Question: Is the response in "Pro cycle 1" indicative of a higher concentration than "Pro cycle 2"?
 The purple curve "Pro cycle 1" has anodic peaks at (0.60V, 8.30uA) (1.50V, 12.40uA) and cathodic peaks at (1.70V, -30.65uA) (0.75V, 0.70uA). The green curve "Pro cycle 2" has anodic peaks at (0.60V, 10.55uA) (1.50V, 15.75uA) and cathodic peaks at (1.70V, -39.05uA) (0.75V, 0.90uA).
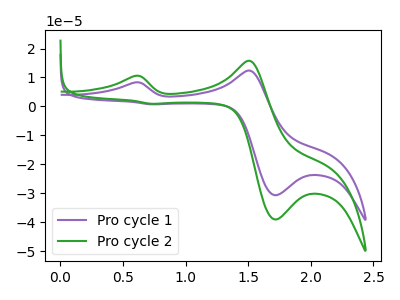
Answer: <think>All the peaks in "Pro cycle 1" have a peak in "Pro cycle 2" at the same potential.
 </think>
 <answer>I cant tell if "Pro cycle 1" or "Pro cycle 2" has more signal.</answer>
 <eval>mixed_signal</eval>